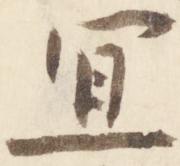
宜